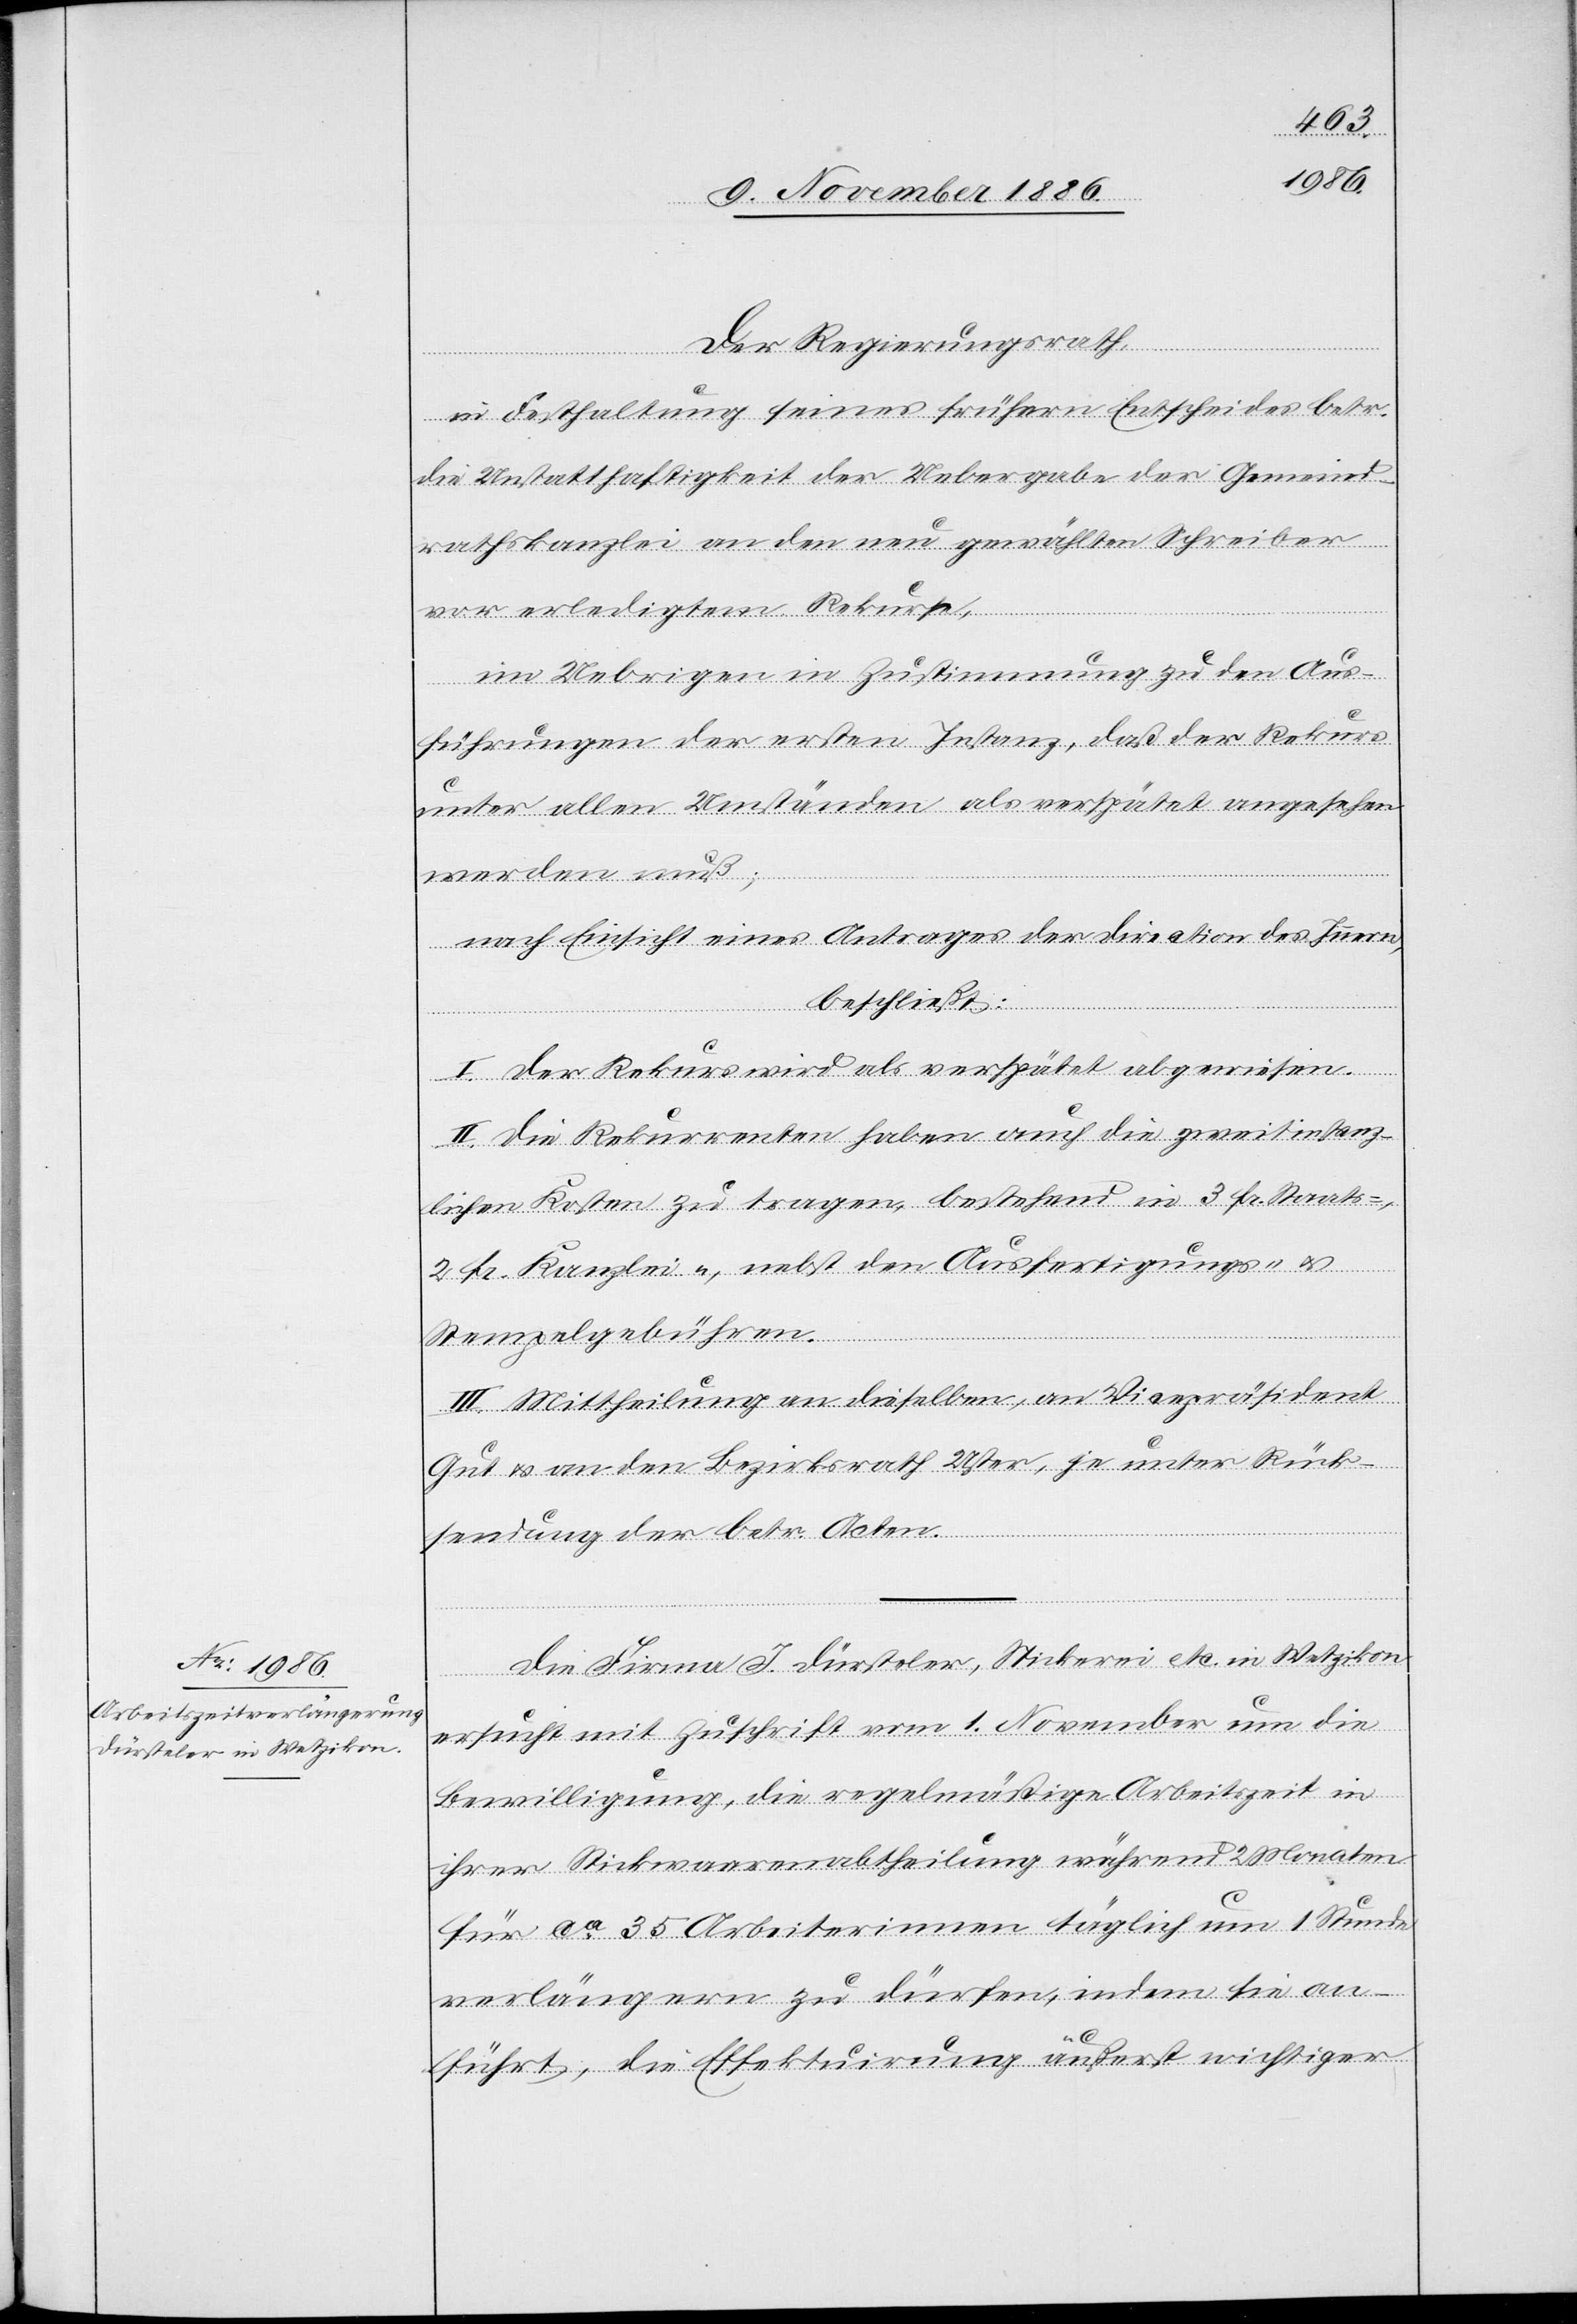
Der Regierungsrath,
in Festhaltung seines frühern Entscheides betr.
die Unstatthaftigkeit der Uebergabe der Gemeind¬
rathskanzlei an den neu gewählten Schreiber
vor erledigtem Rekurse,
im Uebrigen in Zustimmung zu den Aus¬
führungen der ersten Instanz, daß der Rekurs
unter allen Umständen als verspätet angesehen
werden muß;
nach Einsicht eines Antrages der Direction des Innern,
beschließt:
I. Der Rekurs wird als verspätet abgewiesen.
II. Die Rekurrenten haben auch die zweitinstanz¬
lichen Kosten zu tragen, bestehend in 3 Fr. Staats-,
2 Fr. Kanzlei-, nebst den Ausfertigungs- &
Stempelgebühren.
III. Mittheilung an dieselben, an Vicepräsident
Gut & an den Bezirksrath Uster, je unter Rück¬
sendung der betr. Acten.
Die Firma J. Dürsteler, Stickerei etc. in Wetzikon
ersucht mit Zuschrift vom 1. November um die
Bewilligung, die regelmäßige Arbeitszeit in
ihrer Stickwaarenabtheilung während 2 Monaten
für ca 35 Arbeiterinnen täglich um 1 Stunde
verlängern zu dürfen, indem sie an¬
führt, die Effektuirung äußerst wichtiger